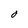
Character: O